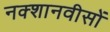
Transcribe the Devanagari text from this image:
नक्शानवीसों